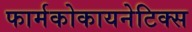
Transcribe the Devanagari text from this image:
फार्मकोकायनेटिक्स